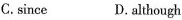
C. since D. although